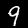
Label: 9